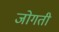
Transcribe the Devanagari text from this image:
जोगती